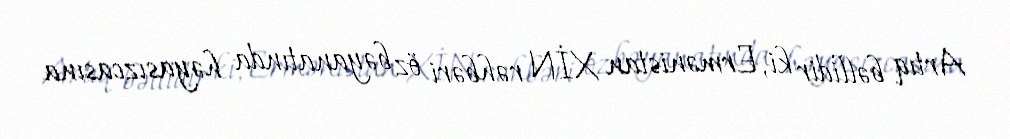
Artıq bəllidir ki, Ermənistan XİN rəhbəri öz bəyanatında həyasızcasına